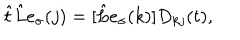
LaTeX: \hat { t } \hat { L } e _ { \sigma } ( j ) = [ \hat { L } e _ { \sigma } ( k ) ] D _ { k j } ( t ) ,